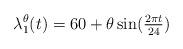
LaTeX: \begin{align*}\lambda_1^\theta(t) = 60 + \theta \sin(\tfrac{2\pi t}{24})\end{align*}